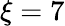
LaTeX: {\xi}=7